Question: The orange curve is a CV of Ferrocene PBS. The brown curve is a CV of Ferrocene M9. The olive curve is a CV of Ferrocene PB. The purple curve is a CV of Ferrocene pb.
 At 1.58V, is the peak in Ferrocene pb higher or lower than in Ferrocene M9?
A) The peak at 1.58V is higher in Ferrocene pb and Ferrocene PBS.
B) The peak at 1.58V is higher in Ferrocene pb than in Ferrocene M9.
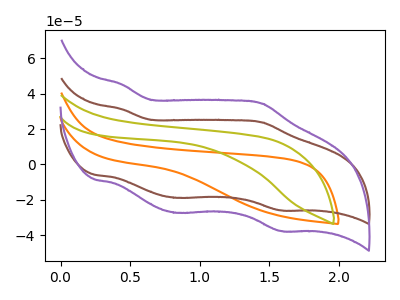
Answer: <think>The orange curve "Ferrocene PBS" has no peaks. The brown curve "Ferrocene M9" has anodic peaks at (0.45V, 31.25uA) (1.45V, 23.75uA) and cathodic peaks at (0.85V, -18.90uA) (1.60V, -26.05uA). The olive curve "Ferrocene PB" has no peaks. The purple curve "Ferrocene pb" has anodic peaks at (0.45V, 45.25uA) (1.45V, 34.45uA) and cathodic peaks at (0.85V, -27.40uA) (1.60V, -37.70uA).</think>
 <answer>B) The peak at 1.58V is higher in "Ferrocene pb" than in "Ferrocene M9".</answer>
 <eval>B</eval>